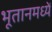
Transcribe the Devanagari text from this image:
भूतानमध्यें